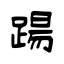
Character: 踼